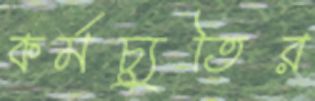
কর্মচ্যুতির